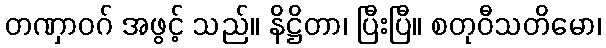
တဏှာဝဂ် အဖွင့် သည်။ နိဋ္ဌိတာ၊ ပြီးပြီ။ စတုဝီသတိမော၊